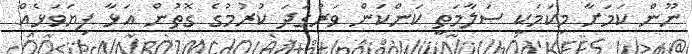
ނޫން ކަމަށާ މިކަމަކީ ސަލާމަތީ ކަންކަން ވަރުގަދަ ކުރުމުގެ ގޮތުން އަޅާ ފިޔަވަޅެއް